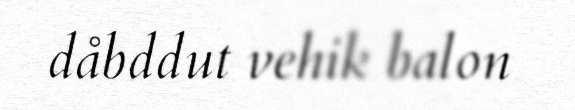
dåbddut vehik balon